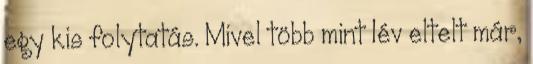
egy kis folytatás. Mivel több mint 1év eltelt már,